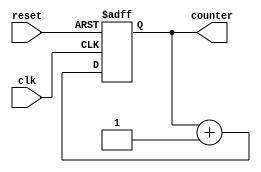
// Code your design here
// Verilog code for up counter
module up_counter(input clk, reset, output[3:0] counter
    );
reg [3:0] counter_up;

// up counter using behavior modeling
always @(posedge clk or posedge reset)
begin
if(reset)
 counter_up <= 4'd0;
else
 counter_up <= counter_up + 4'd1;
end 
assign counter = counter_up;
endmodule